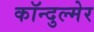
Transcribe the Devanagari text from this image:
कॉन्दुल्मेर